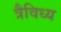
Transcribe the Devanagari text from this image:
त्रैविध्य